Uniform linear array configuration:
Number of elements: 12
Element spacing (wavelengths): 1
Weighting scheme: cosine
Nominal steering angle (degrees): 0
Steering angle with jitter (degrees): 1.03
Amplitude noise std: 0.05
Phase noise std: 0.05

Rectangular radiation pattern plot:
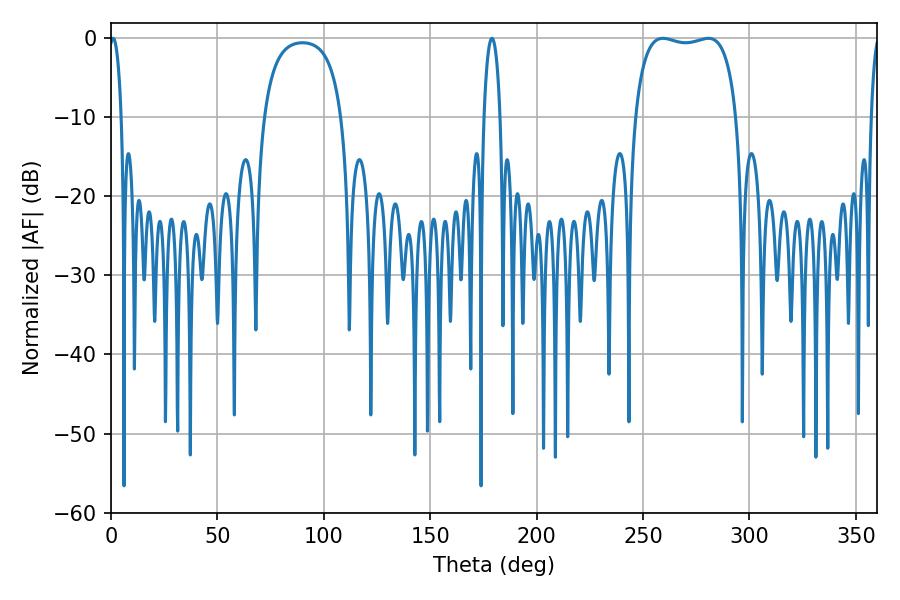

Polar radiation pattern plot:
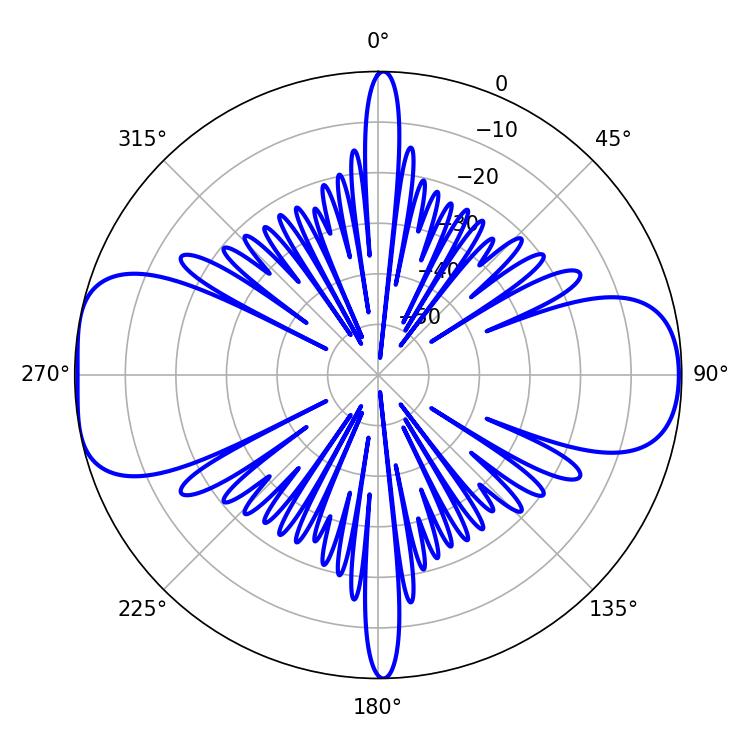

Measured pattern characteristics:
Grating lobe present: TRUE
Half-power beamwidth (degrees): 38.52
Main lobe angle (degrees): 259.38